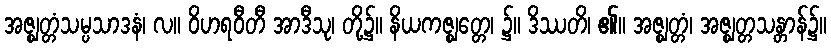
အဇ္ဈတ္တံသမ္ပသာဒနံ၊ လ။ ဝိဟရဝီတီ အာဒီသု၊ တို့၌။ နိယကဇ္ဈတ္တေ၊ ၌။ ဒိဿတိ၊ ၏။ အဇ္ဈတ္တံ၊ အဇ္ဈတ္တသန္တာန်၌။